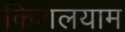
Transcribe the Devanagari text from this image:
किशलयाम